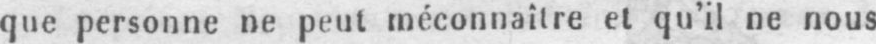
que personne ne peut méconnaître et qu’il ne nous